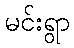
မင်းရွာ